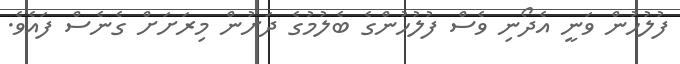
ފުލުހުން ވަނީ އެދޯނި ވެސް ފުލުހުންގެ ބެލުމުގެ ދަށުން މިރަށަށް ގެނެސް ފައެވެ.